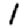
Digit: 1